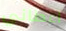
اعطاني